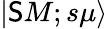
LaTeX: \left|\mathsf{S}M;s\mu\right\rangle